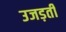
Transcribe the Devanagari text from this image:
उजड़ती